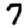
Digit: 7